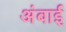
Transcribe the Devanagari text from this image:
अंबाई